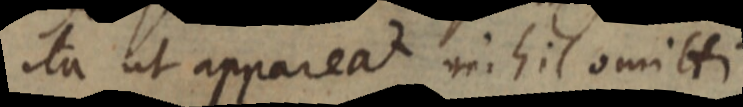
ita ut appareat nihil omitti.